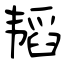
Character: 韬